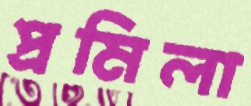
প্রমিলা